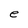
Character: e